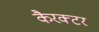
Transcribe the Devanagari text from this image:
कैरक्टर